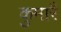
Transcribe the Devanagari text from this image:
कुमारै